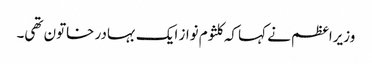
وزیراعظم نے کہا کہ کلثوم نواز ایک بہادر خاتون تھی۔